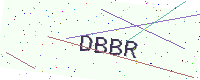
Text: DBBR